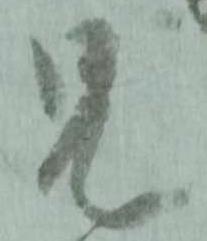
兄